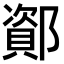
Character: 𫑫